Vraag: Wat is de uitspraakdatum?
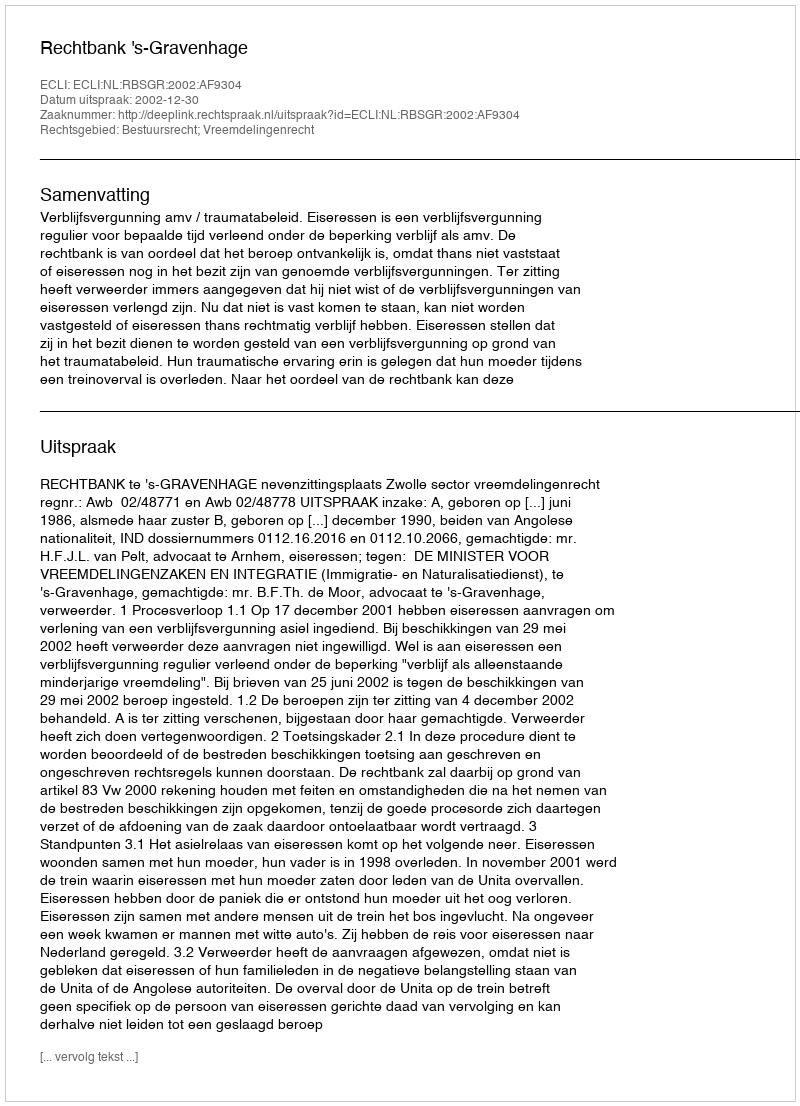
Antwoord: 2002-12-30